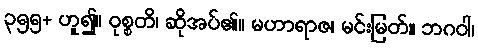
၃၅၅+ ဟူ၍။ ဝုစ္စတိ၊ ဆိုအပ်၏။ မဟာရာဇ၊ မင်းမြတ်။ ဘဂဝါ၊